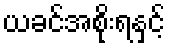
ယခင်အစိုးရနှင့်